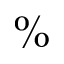
\%